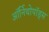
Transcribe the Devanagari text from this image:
ऑर्निथोपॉड्स